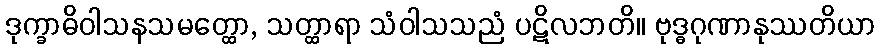
ဒုက္ခာဓိဝါသနသမတ္ထော, သတ္ထာရာ သံဝါသသညံ ပဋိလဘတိ။ ဗုဒ္ဓဂုဏာနုဿတိယာ